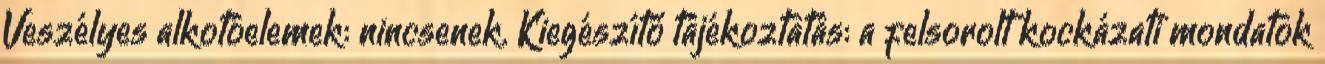
Veszélyes alkotóelemek: nincsenek. Kiegészítő tájékoztatás: a felsorolt kockázati mondatok